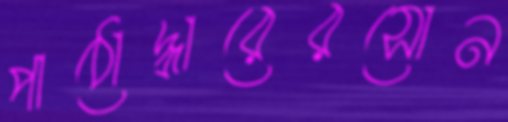
পাঠোদ্ধারেরসোন